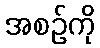
အစဉ်ကို